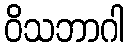
ဝိသဘာဂါ